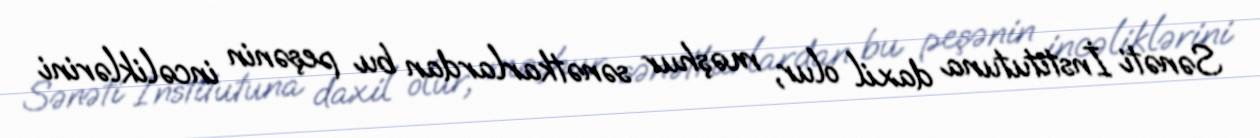
Sənəti İnstitutuna daxil olur, məşhur sənətkarlardan bu peşənin incəliklərini